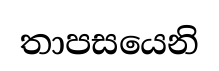
තාපසයෙනි